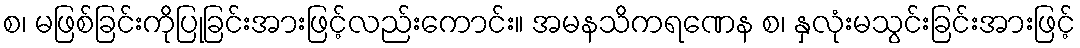
စ၊ မဖြစ်ခြင်းကိုပြုခြင်းအားဖြင့်လည်းကောင်း။ အမနသိကရဏေန စ၊ နှလုံးမသွင်းခြင်းအားဖြင့်